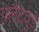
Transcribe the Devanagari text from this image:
फ़्लैटवुड